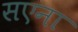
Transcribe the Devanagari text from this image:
सएना